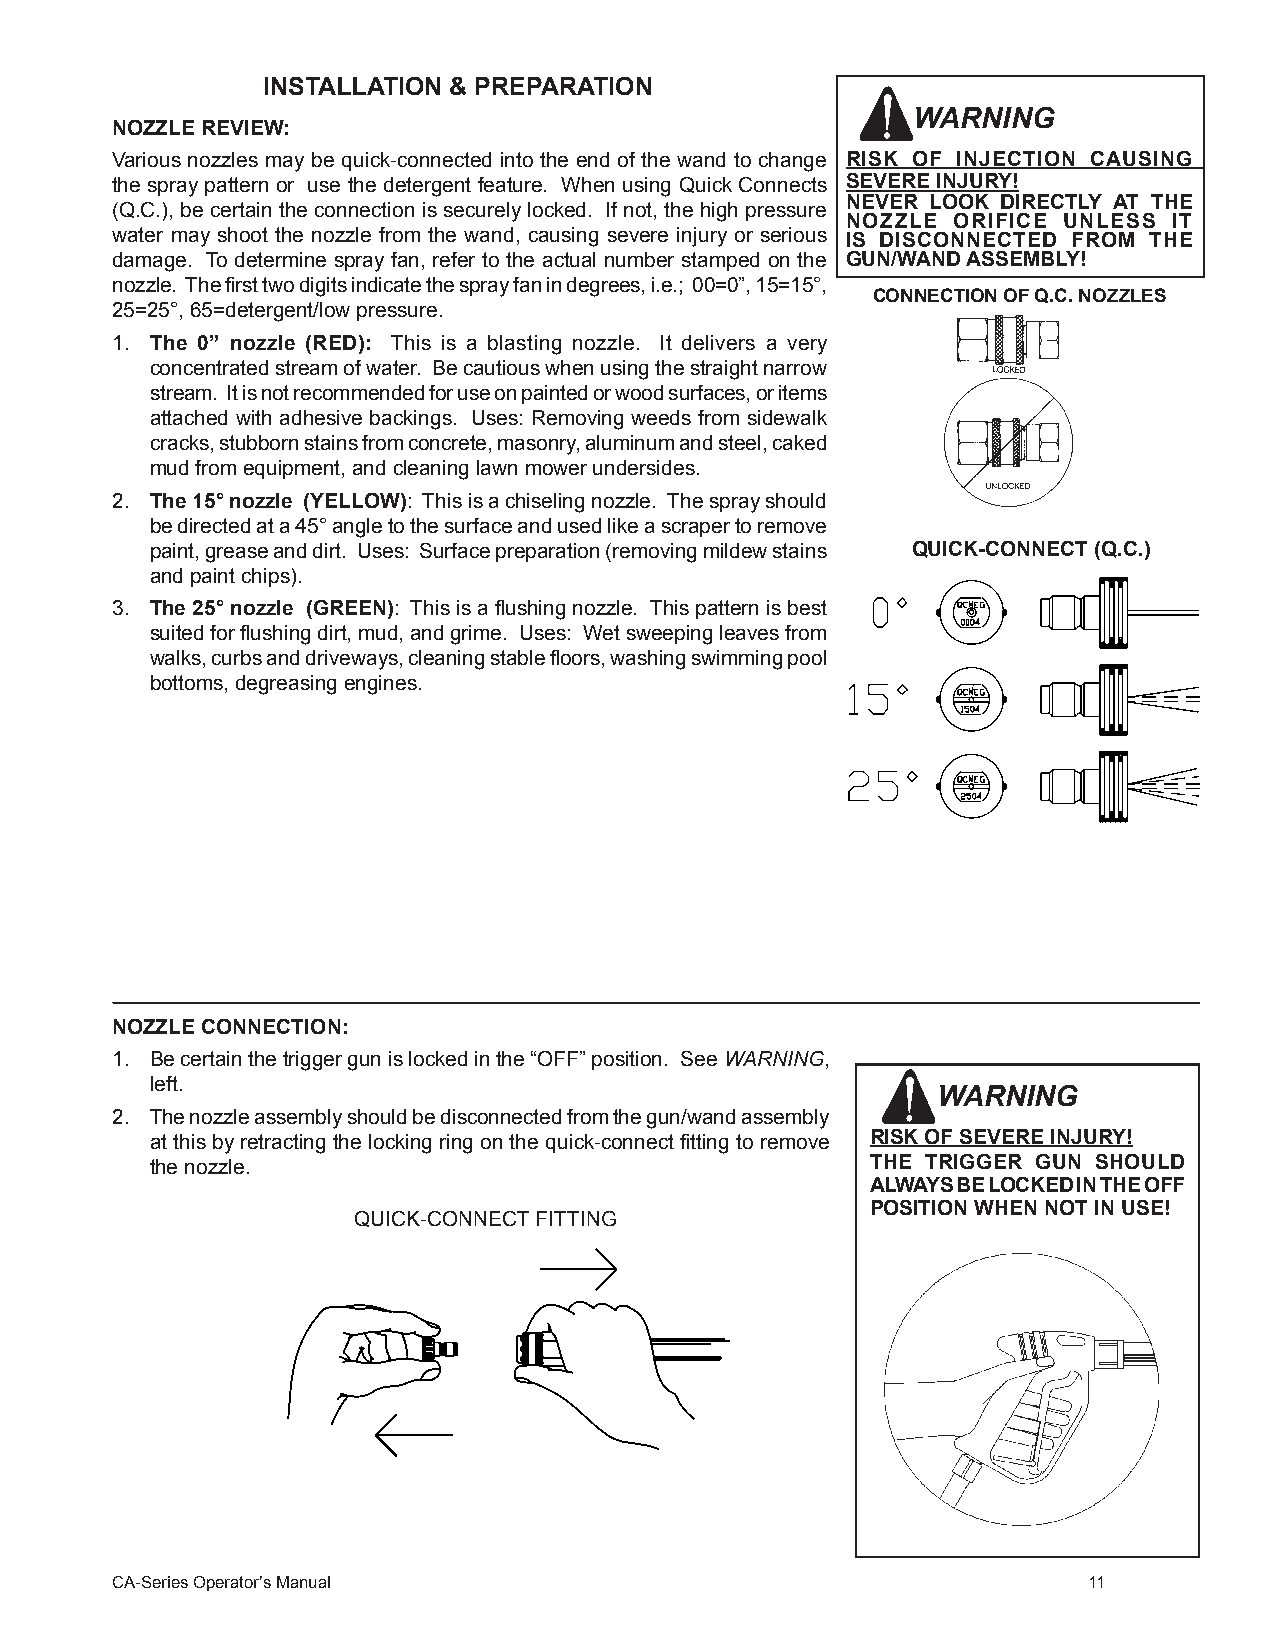
INSTALLATION & PREPARATION
 WARNING
 NOZZLE REVIEW:
 Various nozzles may be quick-connected into the end of the wand to change RISK OF INJECTION CAUSING
 the spray pattern or use the detergent feature. When using Quick Connects SEVERE INJURY!
 NEVER LOOK DIRECTLY AT THE
 (Q.C.), be certain the connection is securely locked. If not, the high pressure
 NOZZLE ORIFICE UNLESS IT
 water may shoot the nozzle from the wand, causing severe injury or serious IS DISCONNECTED FROM THE
 damage. To determine spray fan, refer to the actual number stamped on the GUN/WAND ASSEMBLY!
 nozzle. The first two digits indicate the spray fan in degrees, i.e.; 00=0”, 15=15°,
 CONNECTION OF Q.C. NOZZLES
 25=25°, 65=detergent/low pressure.
 1. The 0” nozzle (RED): This is a blasting nozzle. It delivers a very
 concentrated stream of water. Be cautious when using the straight narrow
 stream. It is not recommended for use on painted or wood surfaces, or items
 attached with adhesive backings. Uses: Removing weeds from sidewalk
 cracks, stubborn stains from concrete, masonry, aluminum and steel, caked
 mud from equipment, and cleaning lawn mower undersides.
 2. The 15° nozzle (YELLOW): This is a chiseling nozzle. The spray should
 be directed at a 45° angle to the surface and used like a scraper to remove
 paint, grease and dirt. Uses: Surface preparation (removing mildew stains QUICK-CONNECT (Q.C.)
 and paint chips).
 3. The 25° nozzle (GREEN): This is a flushing nozzle. This pattern is best
 suited for flushing dirt, mud, and grime. Uses: Wet sweeping leaves from
 walks, curbs and driveways, cleaning stable floors, washing swimming pool
 bottoms, degreasing engines.
 NOZZLE CONNECTION:
 1. Be certain the trigger gun is locked in the “OFF” position. See WARNING,
 left.
 WARNING
 2. The nozzle assembly should be disconnected from the gun/wand assembly
 at this by retracting the locking ring on the quick-connect fitting to remove RISK OF SEVERE INJURY!
 the nozzle.                                     THE TRIGGER GUN SHOULD
 ALWAYS BE LOCKED IN THE OFF
 POSITION WHEN NOT IN USE!
 QUICK-CONNECT FITTING
 CA-Series Operator’s Manual                                      11